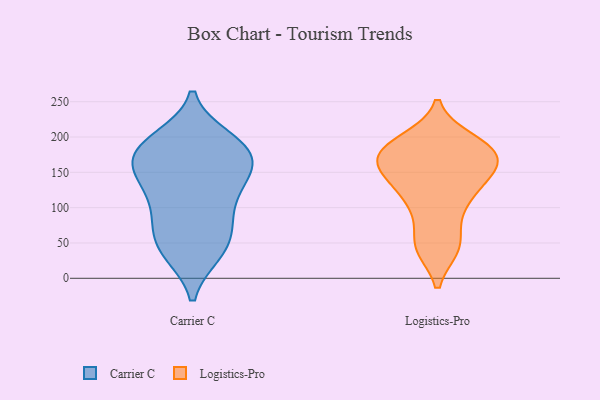
{"axis": {"x": "Shipments", "y": "Value"}, "legend": ["Carrier C", "Logistics-Pro"], "data": [{"x": "", "y": 128, "type": "Carrier C"}, {"x": "", "y": 174, "type": "Carrier C"}, {"x": "", "y": 128, "type": "Carrier C"}, {"x": "", "y": 197, "type": "Carrier C"}, {"x": "", "y": 36, "type": "Carrier C"}, {"x": "", "y": 142, "type": "Carrier C"}, {"x": "", "y": 75, "type": "Carrier C"}, {"x": "", "y": 35, "type": "Carrier C"}, {"x": "", "y": 36, "type": "Carrier C"}, {"x": "", "y": 57, "type": "Carrier C"}, {"x": "", "y": 168, "type": "Carrier C"}, {"x": "", "y": 151, "type": "Carrier C"}, {"x": "", "y": 81, "type": "Carrier C"}, {"x": "", "y": 158, "type": "Carrier C"}, {"x": "", "y": 178, "type": "Carrier C"}, {"x": "", "y": 191, "type": "Carrier C"}, {"x": "", "y": 84, "type": "Carrier C"}, {"x": "", "y": 198, "type": "Carrier C"}, {"x": "", "y": 179, "type": "Carrier C"}, {"x": "", "y": 114, "type": "Carrier C"}, {"x": "", "y": 172, "type": "Logistics-Pro"}, {"x": "", "y": 189, "type": "Logistics-Pro"}, {"x": "", "y": 43, "type": "Logistics-Pro"}, {"x": "", "y": 168, "type": "Logistics-Pro"}, {"x": "", "y": 45, "type": "Logistics-Pro"}, {"x": "", "y": 196, "type": "Logistics-Pro"}, {"x": "", "y": 142, "type": "Logistics-Pro"}, {"x": "", "y": 82, "type": "Logistics-Pro"}, {"x": "", "y": 155, "type": "Logistics-Pro"}, {"x": "", "y": 112, "type": "Logistics-Pro"}, {"x": "", "y": 127, "type": "Logistics-Pro"}, {"x": "", "y": 185, "type": "Logistics-Pro"}, {"x": "", "y": 43, "type": "Logistics-Pro"}, {"x": "", "y": 170, "type": "Logistics-Pro"}, {"x": "", "y": 145, "type": "Logistics-Pro"}, {"x": "", "y": 108, "type": "Logistics-Pro"}, {"x": "", "y": 191, "type": "Logistics-Pro"}, {"x": "", "y": 163, "type": "Logistics-Pro"}]}